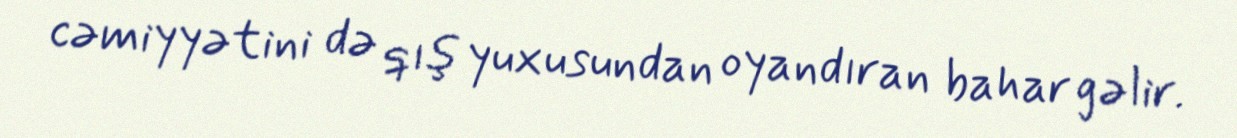
cəmiyyətini də qış yuxusundan oyandıran bahar gəlir.